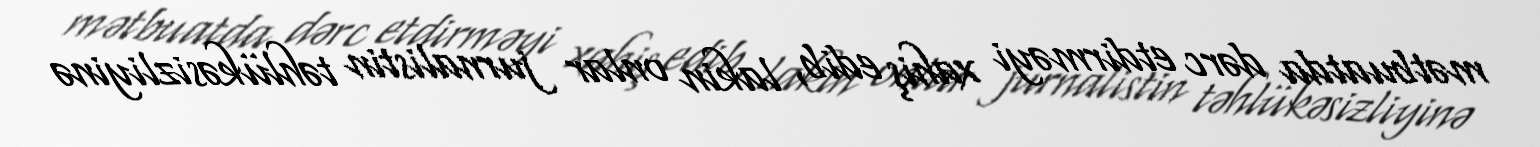
mətbuatda dərc etdirməyi xahiş edib, lakin onlar jurnalistin təhlükəsizliyinə